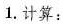
1.计算: